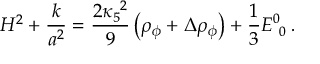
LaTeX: H ^ { 2 } + { \frac { k } { a ^ { 2 } } } = { \frac { 2 \kappa _ { 5 } ^ { ~ 2 } } { 9 } } \left( \rho _ { \phi } + \Delta \rho _ { \phi } \right) + { \frac { 1 } { 3 } } E _ { ~ 0 } ^ { 0 } \, .